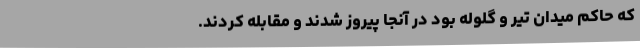
که حاکم میدان تیر و گلوله بود در آنجا پیروز شدند و مقابله کردند.